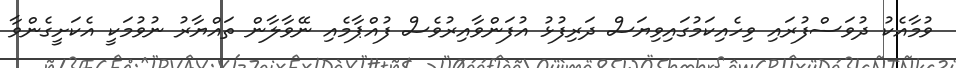
ވުމާއެކު ދުވަސްފުރައި ވިހެއިކަމުގައިވިޔަސް ދަރިފުޅު އުފަންވާއިރުވެސް ފުއްޕާމެއި ނޭވާލާން ތައްޔާރު ނުވުމަކީ އެކަށީގެންވާ